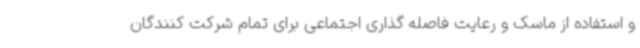
و استفاده از ماسک و رعایت فاصله گذاری اجتماعی برای تمام شرکت کنندگان